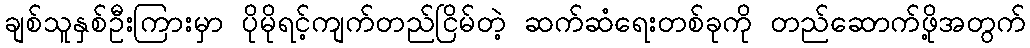
ချစ်သူနှစ်ဦးကြားမှာ ပိုမိုရင့်ကျက်တည်ငြိမ်တဲ့ ဆက်ဆံရေးတစ်ခုကို တည်ဆောက်ဖို့အတွက်